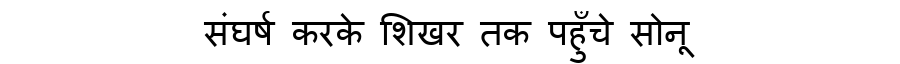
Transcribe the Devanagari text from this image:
संघर्ष करके शिखर तक पहुँचे सोनू